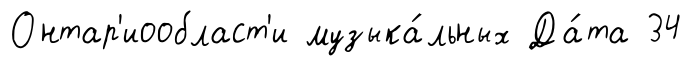
Онтар'иообласт'и музыка́льных Да́та 34